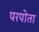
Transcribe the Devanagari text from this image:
परपोता